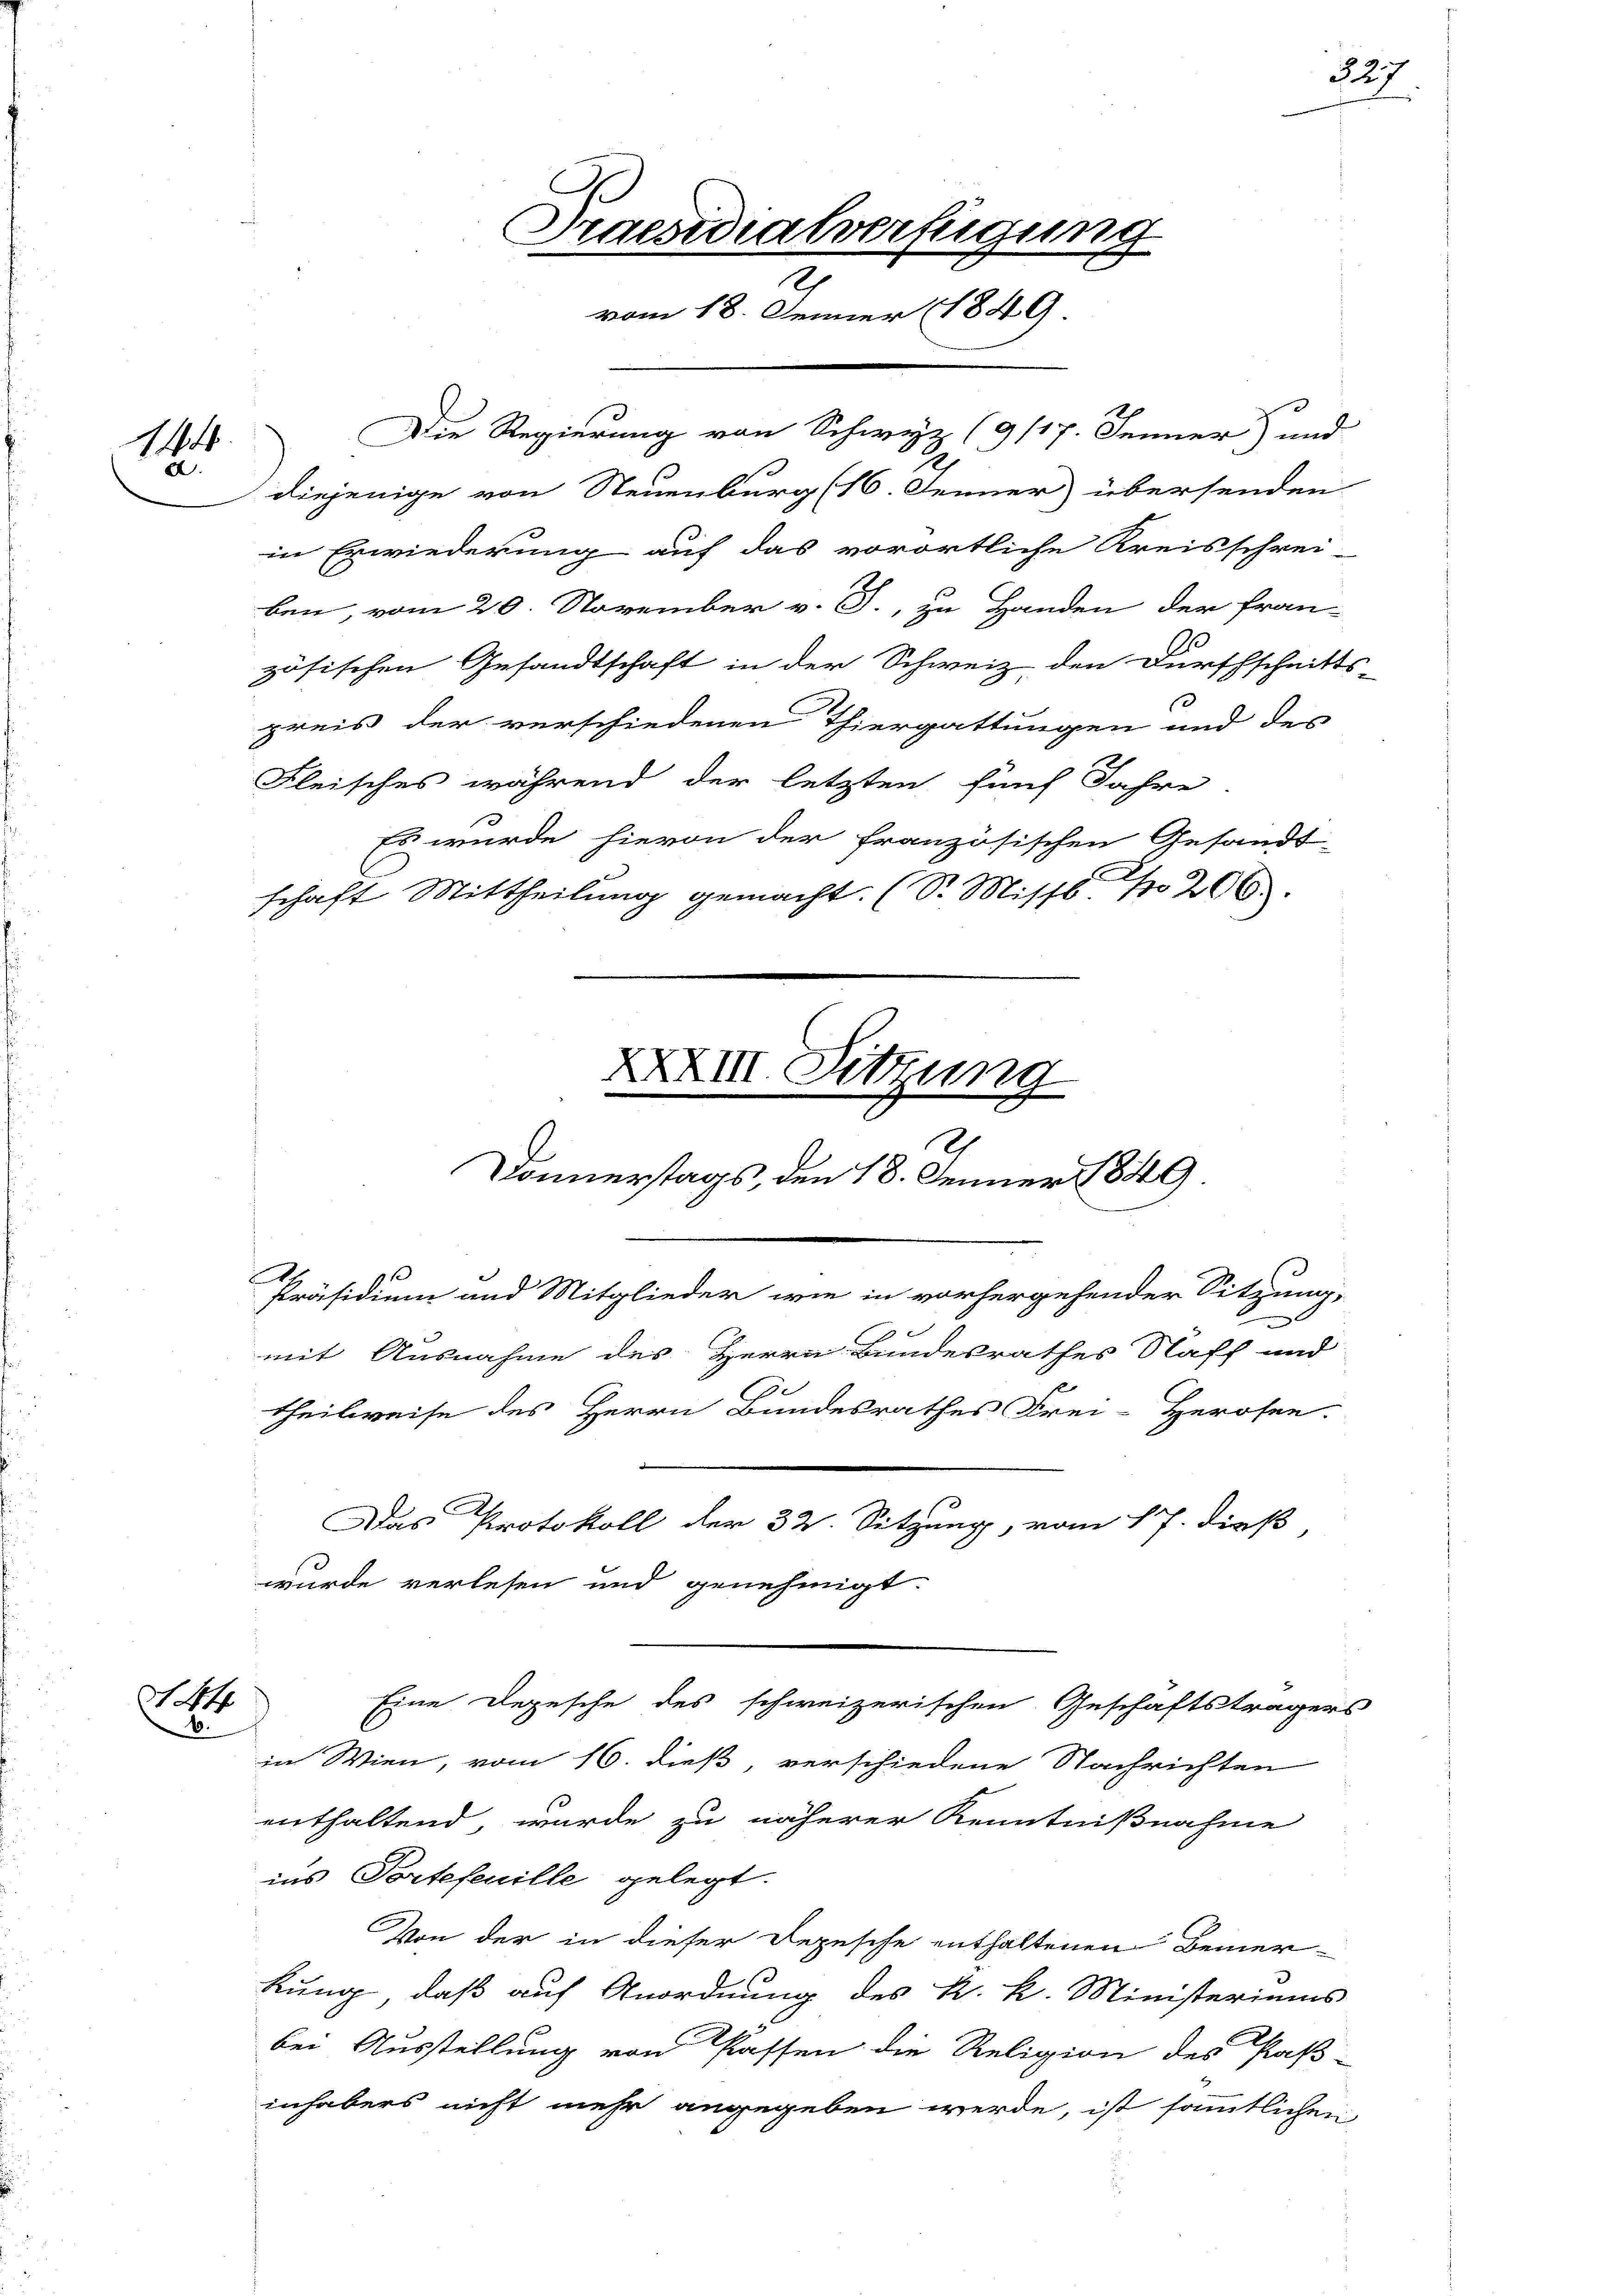
1894
d.

N44
6.

in Erwiederung auf das vorörtliche Kreisschrei-
ben, vom 20. November v. J., zu Handen der fran-
zösischen Gesandtschaft in der Schweiz den Durchschnitts-
preis der verschiedenen Thiergattungen und des
Fleisches während der letzten fünf Jahre
Es wurde hievon der französischen Gesandt-
schaft Mittheilung gemacht. (S. Missb. 206.

Praesidialverfügung
2
vom 18. Jenner 1849
Die Regierung von Schwyz (9/17. Jenner) und
diejenige von Neuenburg (16. Jenner) übersenden

XXXIII Sitzung
I
Donnerstags, den 18. Jenner 1849.
.
Präsidium und Mitglieder wie in vorhergehender Sitzung,
c
mit Ausnahme des Herrn Bundesrathes Naff und
Be
theilweise des Herrn Bundesrathes Frei-Herosen.
Das Protokoll der 32. Sitzung, vom 17. dieß
wurde verlesen und genehmigt.

Eine Depesche des schweizerischen Geschäftsträgers

227

in Wien, vom 16. dieß, verschiedene Nachrichten
enthaltend, wurde zu näherer Kenntnißnahme
ins Portefeuille gelegt.
Von der in dieser Depesche enthaltenen Bemer-
kung, daß auf Anordnung des k. k. Ministeriums
bei Ausstellung von Passen die Religion des Paß-
inhabers nicht mehr angegeben werde, ist sämmtlichen